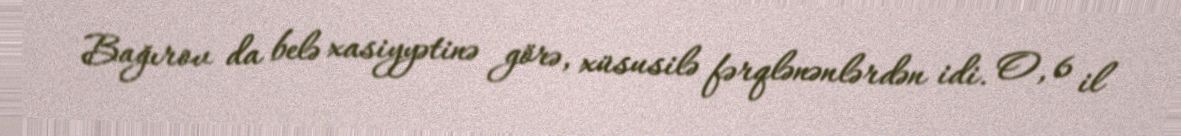
Bağırov da belə xasiyyətinə görə, xüsusilə fərqlənənlərdən idi. O, 6 il